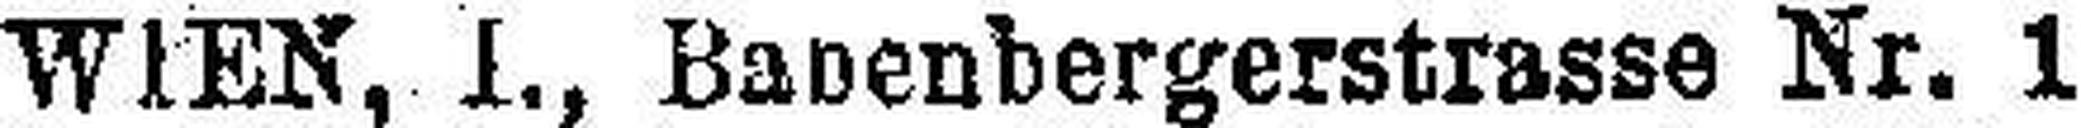
WIEN, I., Babenbergerstrasse Nr. 1